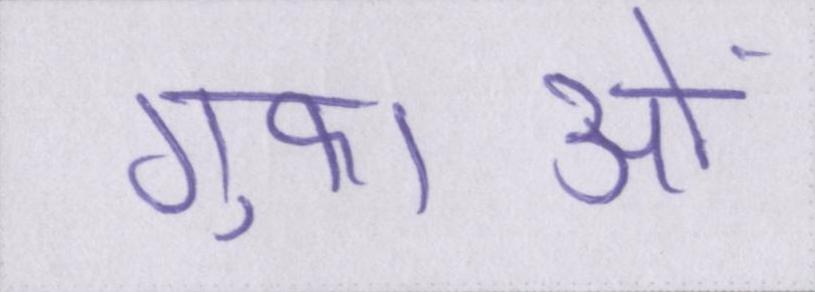
गुफाओं